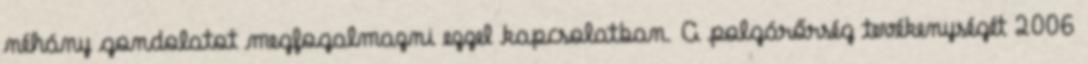
néhány gondolatot megfogalmazni ezzel kapcsolatban. A polgárőrség tevékenységét 2006